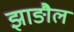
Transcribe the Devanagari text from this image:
झाङौल